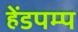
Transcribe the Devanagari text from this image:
हेंडपम्प